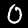
Digit: 0